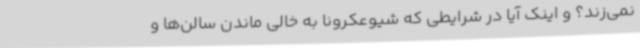
نمی‌زند؟ و اینک آیا در شرایطی که شیوعکرونا به خالی ماندن سالن‌ها و